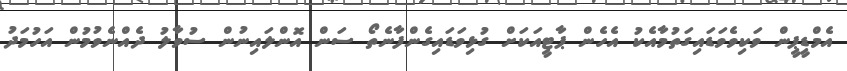
އެމްޑީޕީން ވަކިވެވަޑައިގަތުމާއެކު އެހެން ޕާޓީއަކަށް ގުޅިވަޑައިގެންފާނެތޯ ސަން އޮންލައިނުން ސުވާލު ދެއްނެވުމުން އަހުމަދު